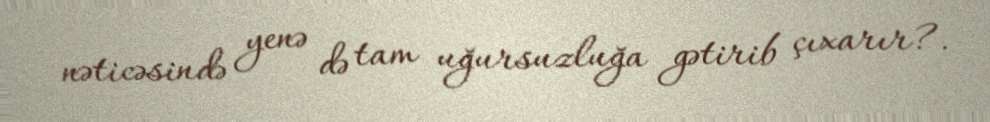
nəticəsində yenə də tam uğursuzluğa gətirib çıxarır?.